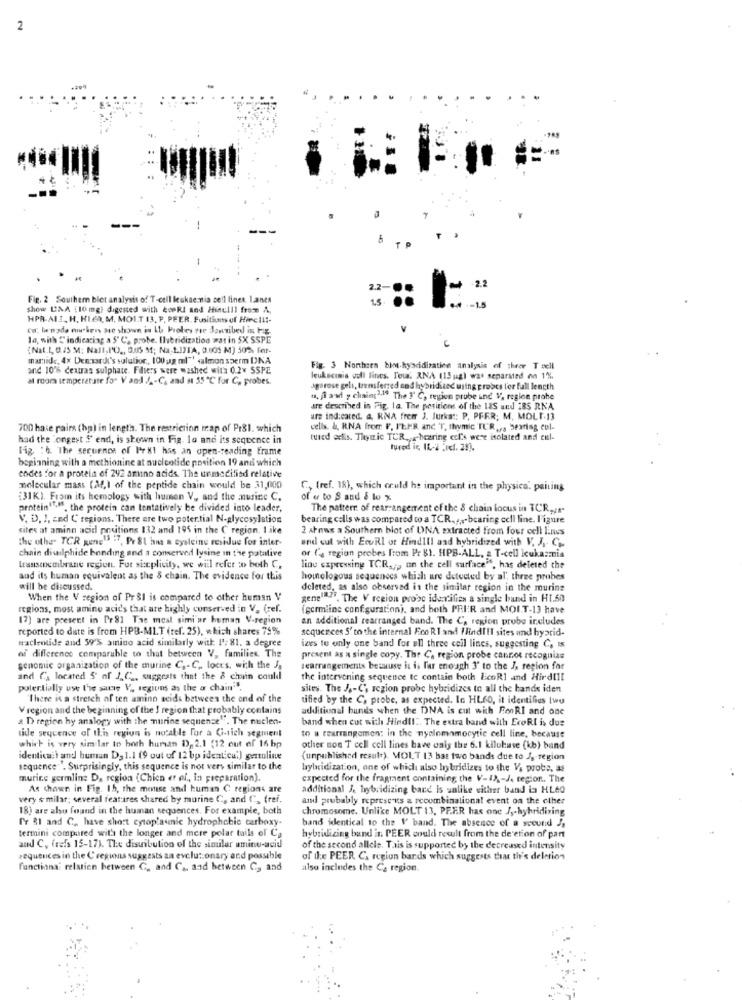
2
. .
2.2-
-2.2
Fig. 2 Southern blot analysis of T-cell keukae nia cell lines. Ianes
show UNA (10 mg) digested with cookl and Hinulil frome A,
++ -- 1.5
HPR-ALI, H. HIER, M. MOI.T 13. P. PEER, Fusithans of Hirci !!-
co: la'nade nochers are shown is It Probes tre Jantibed is big.
la, with {" indicating a 5 ℃. probe. Ilibridization war in SX SSPE
(Nat.1, 0.25 M: Nall,I'O ., 336 M; Na LISTA, 0.105 M) 50%. For-
marid, 4x Demnardl's solution, 100 g ml"! salmon szerm DNA
and 10% cextras sulphate. Fdsers were washed wita 0.2x SSPE
Fig. 3 Northsen bint hybridization analysis of theer Tuell
at room temperature for V and J .- C. and st 55 ℃ for C, probes.
leukscinis voll lines. Tou. ANA (15 ug) was separated nn 1%.
Agarose gels, transferred and hybridiand using probes l'or full length
m. fl and y chains2,19 The 1 ℃, region probe ind V, region prohe
are described in Fig. la. The positions of the 185 und 28S RNA
urs indicated. a ., RNA frem J. Jurka :: P. PFER; M. MOLT.13
700 hase pairs (hp) in length. The restriction map of Pr81. which
cells. &, RNA from F, I'LMR and "T, thymic TUR ,,. bearing cul-
had the longest S' end, is shown in Fig. lo and its sequence in
tued erkis. Thymic TCR ,, - hearing col's were isolated and cul-
Fig : 6. The secuence of Pr X1 has an open-reading frame
tured ic, It-2 .If. 25].
beginning with a methionine at nucleotide position 19 and which
codes for a protein of 292 amino acids. The unmodified relative
molecular mass (M,I of the peptide chain would be 31,000
C, (ref. 18), which could he important in the physical paiting
[31K). From its homology with humen V ., and the nusine C.
of er to S and & lo x
proteintiff, the protein can tentatively be divided into leader,
The pattern of rearrangement of the & chain locus in TCR ,...
V. D. I, and C regions. There are two poter.tial N-glycosylation
bearing calls was compared to a TCR. ,,- bearing cell line. Figure
sites at aminn acid positions 132 and 195 in the C region. I ike
2 armas a Southern blot of INA extracted from four cell lines
the other TCR gene13 ", Pr 81 hus a cysteine residue for inter-
und out with EcuRl ot Hindlll and hybridized with V. J. C ..
chain diwilphide bonding and a conserved lysine in the patative
or ('s region probes from Pr $1. HPB-ALL, a T-cell Icukasmia
transmembrane region. Fut simplicity, we will refer to both C,
line expressing TCR. ;, on the cell surfaceif, has deleted the
and its human equivalent as the 8 chain. The evidence for this
homologous sequences which are detected by al' three probes
will be discussed.
deleted, as also observed in the similar region in the muring
When the V region of PrSI is compared to other human V
genel"". The V region probe identifies a single band in HT.60
regions, most amino acids that are highly conserved in V. (ref.
(germline configuration), and beth PRI:R and MOIT-13 have
(7) are present in Pr81 Tae most simi ar human V-region
an additional rearranged band. The C, region probe includes
reported to date is from HPB-MIT (ref. 25), which shares 75%
sequences S' to the internal Fco RI and FindIII sites und hybrid-
macleotide and 59'% amino acid similarly with 1': 81. a degree
izes to only one band for all three cell lines, suggesting C, IS
of difference comparable to that between V, families. The
present as a single copy. The C, region probe cannot recognize
senonuic organization of the murine C .- C ., loces, with the Ja
tearrangements beauuse it is far enough 3' to the J, region for
and (, located 5' af J_C _, suggests that the 8 chain could
the intervening sequence to contain both EcoRl and Hirdtil
potentially use the sarie V ,, regions as the a chain".
sites. The J .- C's region probe hybridizes to all the hands iden
"There is a stretch of ten amino acids between the end of the
tified by the C, probe, as expected. In HLEO, it identifies twe
V region and the beginning of the I region that probably contains
additional bunds when the DNA is cut with FooRI and one
a D region hy analogy with the murine sequence". The nuclen-
band when cut with Hindi !.. The extra band with EcoRI is dus
tide sequence of this region is notable for a G-sich segment
which is very similar to both human 13, 2.1 (12 out of 16 hp
to u rearrangemen: in the nyelnmamocytie cell line, because
other non T cell cell lines have unis the 6.1 kilohase (kb) band
identica:) and human Da 1.1 (9 out of 12 bp identicu') geruline
(unpublished resul+). MOLT 13 bat two bands due to J, region
sequence . Surprisingly, this sequence is not vers similar to the
hybridization, one of which also libridizes to the Vs probe, as
murine germlin: D. region (Chien et al ., in preparation).
expected for the fragment containing the V-IX-J. region. The
As shown in Fig. 1b, the mennse and human C regions are
additional J, hybridizing bare is unlike wither band in HLAO
very & milat; several features shared by murine Cs and C, (ref.
and probably represe'us a recombinational event on the other
18) are also found in the human sequences. For example, both
chromosome. Unlike MOLT 13, PEER has one J ,- hybridizing
fr &1 and C, have short cytop'aunic hydrophobic carboxy-
band identical to the I' band. The absence of a scound J,
termini compared with the longer and mere polar tuils of Ca
hybridlizing band in PEER could result from the de ction of pant
and C, feels 15-17). The distribution of the sinular wminu-acid
of the second allele. Tais is supported by the decreased intensity
sequences in the Cregions suggests an evolutionary and possible
of ile PEER CA region bands which suggests that the's deletion
functiona: relation between G, and Ca, and between Cy and
also includes the Ca region.